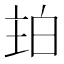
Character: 𤽞